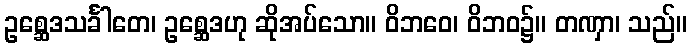
ဥစ္ဆေဒသင်္ခါတေ၊ ဥစ္ဆေဒဟု ဆိုအပ်သော။ ဝိဘဝေ၊ ဝိဘဝ၌။ တဏှာ၊ သည်။